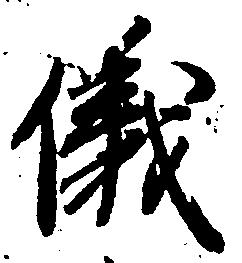
儀